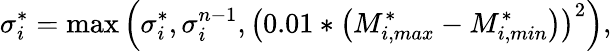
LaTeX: \sigma_{i}^{*}=\operatorname*{max}\left(\sigma_{i}^{*},\sigma_{i}^{n-1},\left(0.01*\left(M_{i,max}^{*}-M_{i,min}^{*}\right)\right)^{2}\right),